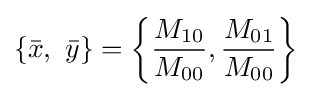
\{{\bar {x}},\ {\bar {y}}\}=\left\{{\frac {M_{10}}{M_{00}}},{\frac {M_{01}}{M_{00}}}\right\}